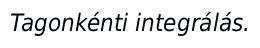
Tagonkénti integrálás.